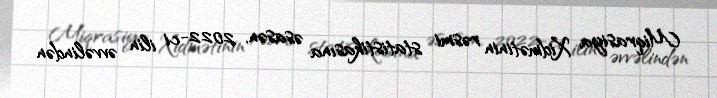
Miqrasiya Xidmətinin rəsmi statistikasına əsasən, 2022-ci ilin əvvəlindən